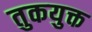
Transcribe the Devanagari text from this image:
तुकयुक्त